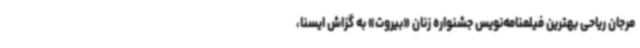
مرجان ریاحی بهترین فیلمنامه‌نویس جشنواره زنان «بیروت» به گزاش ایسنا،